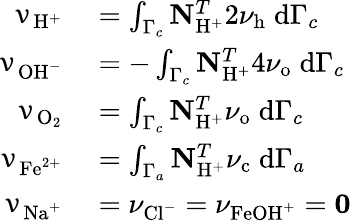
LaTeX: \begin{array}{rl}{\mathbf{\upnu}_{\mathrm{H}^{+}}}&{{}=\int_{\Gamma_{c}}\mathbf{N}_{\mathrm{H}^{+}}^{T}2\nu_{\mathrm{h}}\; \mathrm{d}\Gamma_{c}}\\ {\mathbf{\upnu}_{\mathrm{OH}^{-}}}&{{}=-\int_{\Gamma_{c}}\mathbf{N}_{\mathrm{H}^{+}}^{T}4\nu_{\mathrm{o}}\; \mathrm{d}\Gamma_{c}}\\ {\mathbf{\upnu}_{\mathrm{O}_{2}}}&{{}=\int_{\Gamma_{c}}\mathbf{N}_{\mathrm{H}^{+}}^{T}\nu_{\mathrm{o}}\; \mathrm{d}\Gamma_{c}}\\ {\mathbf{\upnu}_{\mathrm{Fe}^{2+}}}&{{}=\int_{\Gamma_{a}}\mathbf{N}_{\mathrm{H}^{+}}^{T}\nu_{\mathrm{c}}\; \mathrm{d}\Gamma_{a}}\\ {\mathbf{\upnu}_{\mathrm{Na}^{+}}}&{{}=\mathbf{\nu}_{\mathrm{Cl}^{-}}=\mathbf{\nu}_{\mathrm{FeOH}^{+}}=\mathbf{0}}\end{array}